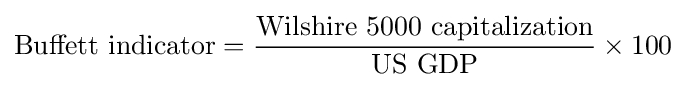
\operatorname {Buffett\ indicator} ={\frac {\operatorname {Wilshire\ 5000\ capitalization} }{\operatorname {US\ GDP} }}\times 100